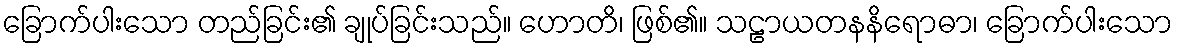
ခြောက်ပါးသော တည်ခြင်း၏ ချုပ်ခြင်းသည်။ ဟောတိ၊ ဖြစ်၏။ သဠာယတနနိရောဓာ၊ ခြောက်ပါးသော